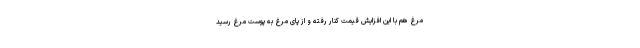
مرغ هم با این افزایش قیمت کنار رفته و از پای مرغ به پوست مرغ رسید